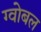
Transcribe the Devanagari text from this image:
ग्वोबल